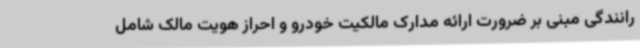
رانندگی مبنی بر ضرورت ارائه مدارک مالکیت خودرو و احراز هویت مالک شامل